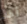
أحد